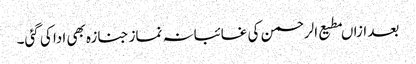
بعد ازاںمطیع الرحمن کی غائبانہ نماز جنازہ بھی ادا کی گئی۔